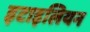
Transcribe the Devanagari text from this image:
इटाइलियन